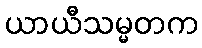
ယာယီသမ္မတက